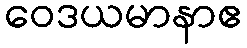
ဝေဒယမာနာဧ